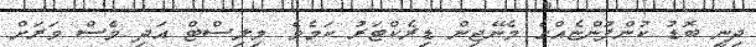
ދިނީ ބޮޑު ކުންފުންޏެއްގެ މެނޭޖިން ޑިރެކްޓަރު ކަމެވެެ. މިލިސްޓް އަދި ވެސް ވަރަށް